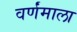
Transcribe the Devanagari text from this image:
वर्णंमाला